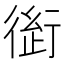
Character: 𰳭